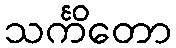
သင်္ကိတော